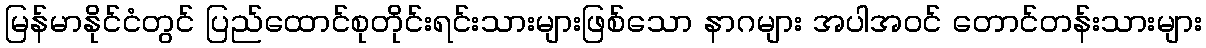
မြန်မာနိုင်ငံတွင် ပြည်ထောင်စုတိုင်းရင်းသားများဖြစ်သော နာဂများ အပါအဝင် တောင်တန်းသားများ